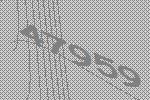
47959